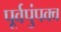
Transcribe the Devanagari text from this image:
पूर्वपुंपक्व